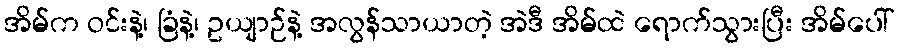
အိမ်က ဝင်းနဲ့၊ ခြံနဲ့၊ ဥယျာဉ်နဲ့ အလွန်သာယာတဲ့ အဲဒီ အိမ်ထဲ ရောက်သွားပြီး အိမ်ပေါ်